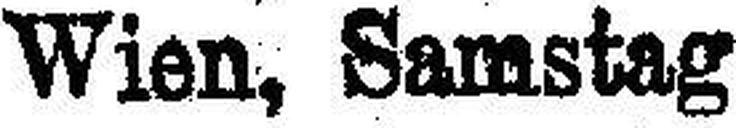
Wien, Samstag